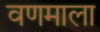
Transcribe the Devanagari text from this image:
वणमाला